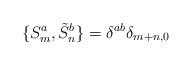
LaTeX: \begin{align*}\{S_{m}^{a},\tilde{S}_{n}^{b}\}=\delta^{ab}\delta_{m+n,0}\end{align*}